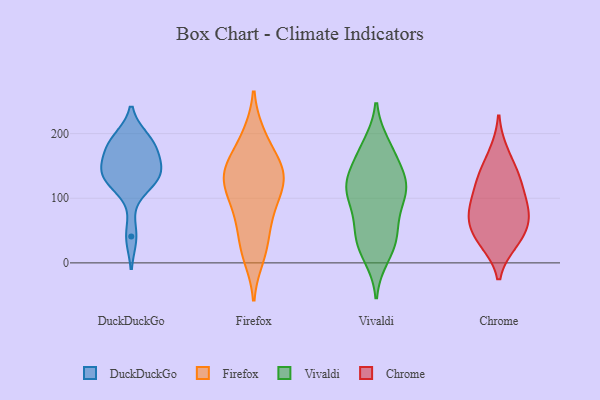
{"axis": {"x": "Website Visitors", "y": "Value"}, "legend": ["Chrome", "DuckDuckGo", "Firefox", "Vivaldi"], "data": [{"x": "", "y": 142, "type": "DuckDuckGo"}, {"x": "", "y": 41, "type": "DuckDuckGo"}, {"x": "", "y": 168, "type": "DuckDuckGo"}, {"x": "", "y": 191, "type": "DuckDuckGo"}, {"x": "", "y": 138, "type": "DuckDuckGo"}, {"x": "", "y": 184, "type": "DuckDuckGo"}, {"x": "", "y": 184, "type": "DuckDuckGo"}, {"x": "", "y": 133, "type": "DuckDuckGo"}, {"x": "", "y": 138, "type": "DuckDuckGo"}, {"x": "", "y": 120, "type": "DuckDuckGo"}, {"x": "", "y": 122, "type": "Firefox"}, {"x": "", "y": 144, "type": "Firefox"}, {"x": "", "y": 144, "type": "Firefox"}, {"x": "", "y": 69, "type": "Firefox"}, {"x": "", "y": 197, "type": "Firefox"}, {"x": "", "y": 86, "type": "Firefox"}, {"x": "", "y": 156, "type": "Firefox"}, {"x": "", "y": 10, "type": "Firefox"}, {"x": "", "y": 19, "type": "Firefox"}, {"x": "", "y": 129, "type": "Firefox"}, {"x": "", "y": 116, "type": "Firefox"}, {"x": "", "y": 105, "type": "Firefox"}, {"x": "", "y": 66, "type": "Firefox"}, {"x": "", "y": 196, "type": "Firefox"}, {"x": "", "y": 136, "type": "Firefox"}, {"x": "", "y": 152, "type": "Firefox"}, {"x": "", "y": 30, "type": "Firefox"}, {"x": "", "y": 177, "type": "Vivaldi"}, {"x": "", "y": 44, "type": "Vivaldi"}, {"x": "", "y": 135, "type": "Vivaldi"}, {"x": "", "y": 99, "type": "Vivaldi"}, {"x": "", "y": 167, "type": "Vivaldi"}, {"x": "", "y": 182, "type": "Vivaldi"}, {"x": "", "y": 65, "type": "Vivaldi"}, {"x": "", "y": 10, "type": "Vivaldi"}, {"x": "", "y": 114, "type": "Vivaldi"}, {"x": "", "y": 112, "type": "Vivaldi"}, {"x": "", "y": 140, "type": "Vivaldi"}, {"x": "", "y": 109, "type": "Vivaldi"}, {"x": "", "y": 106, "type": "Vivaldi"}, {"x": "", "y": 125, "type": "Vivaldi"}, {"x": "", "y": 22, "type": "Vivaldi"}, {"x": "", "y": 34, "type": "Vivaldi"}, {"x": "", "y": 48, "type": "Vivaldi"}, {"x": "", "y": 170, "type": "Chrome"}, {"x": "", "y": 134, "type": "Chrome"}, {"x": "", "y": 45, "type": "Chrome"}, {"x": "", "y": 75, "type": "Chrome"}, {"x": "", "y": 76, "type": "Chrome"}, {"x": "", "y": 132, "type": "Chrome"}, {"x": "", "y": 73, "type": "Chrome"}, {"x": "", "y": 36, "type": "Chrome"}, {"x": "", "y": 117, "type": "Chrome"}, {"x": "", "y": 91, "type": "Chrome"}, {"x": "", "y": 33, "type": "Chrome"}]}